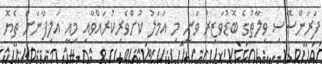
ފަރަންސޭސި ވިލާތުގެ ބޮޑުވަޒީރު ވަނީ މި އަމަލު ކުށްވެރިކުރައްވާއި މިއީ އަލިފާނަށް ތެޔޮ